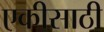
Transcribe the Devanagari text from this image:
एकीसाठी